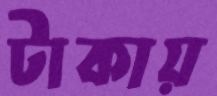
টাকায়